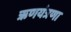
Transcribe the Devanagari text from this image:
ऋणयंत्रणा